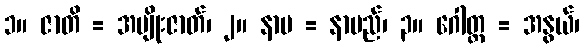
၁။ ဇာတိ = အမျိုးဇာတ်၊ ၂။ နာမ = နာမည်၊ ၃။ ဂေါတ္တ = အနွယ်၊